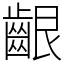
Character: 齦